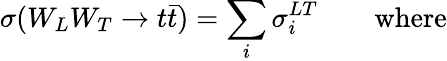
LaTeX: \sigma(W_{L}W_{T}\rightarrow t\bar{t})=\sum_{i}\sigma_{i}^{LT}\qquad\mathrm{where}